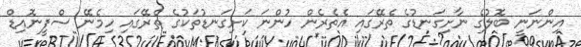
އިންނަނީ ބޮލުގެ ނާށިގަނޑުގެ ތެރޭގައި އެތެރެން ހުންނަ ކަށިގަނޑުތަކުގެ ތެރޭގައި ހިމެނޭ ސްފީނޮއިޑް